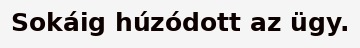
Sokáig húzódott az ügy.